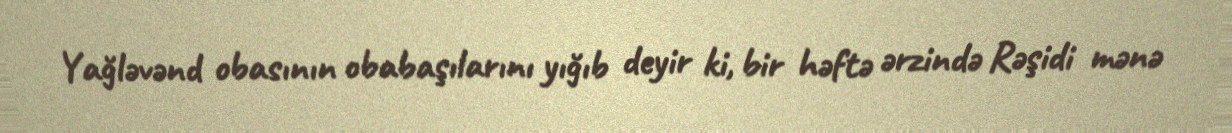
Yağləvənd obasının obabaşılarını yığıb deyir ki, bir həftə ərzində Rəşidi mənə